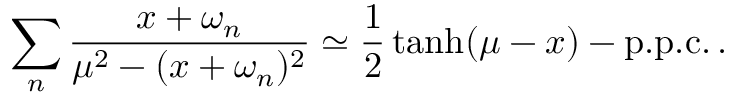
\sum _ { n } \frac { x + \omega _ { n } } { \mu ^ { 2 } - ( x + \omega _ { n } ) ^ { 2 } } \simeq \frac { 1 } { 2 } \operatorname { t a n h } ( \mu - x ) - \mathrm { p . p . c . } \, .